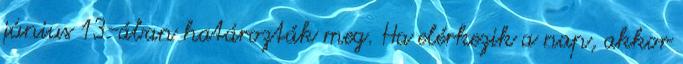
június 13-ában határozták meg. Ha elérkezik a nap, akkor